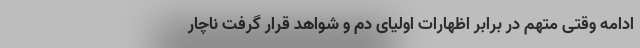
ادامه وقتی متهم در برابر اظهارات اولیای دم و شواهد قرار گرفت ناچار